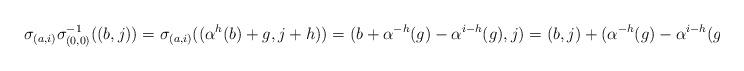
LaTeX: \begin{align*}\sigma_{(a,i)}\sigma^{-1}_{(0,0)}((b,j))=\sigma_{(a,i)}((\alpha^{h}(b)+g,j+h))=(b+\alpha^{-h}(g)-\alpha^{i-h}(g),j)=(b,j)+(\alpha^{-h}(g)-\alpha^{i-h}(g),0).\end{align*}